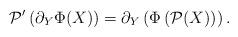
LaTeX: \begin{align*}\mathcal{P}'\left(\partial_Y\Phi(X)\right)=\partial_Y\left(\Phi\left(\mathcal{P}(X)\right)\right).\end{align*}